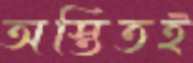
অস্তিতই